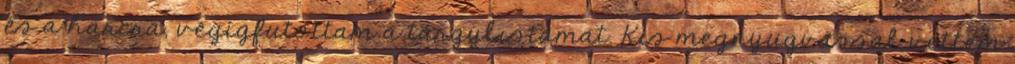
és a harcra, végigfutottam a tárgylistámat. Kis megnyugvással vettem